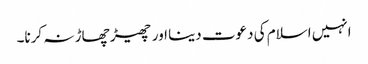
انہیں اسلام کی دعوت دینا اور چھیڑ چھاڑ نہ کرنا۔